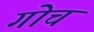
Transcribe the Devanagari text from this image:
गोच